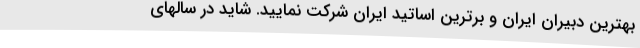
بهترین دبیران ایران و برترین اساتید ایران شرکت نمایید. شاید در سالهای